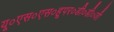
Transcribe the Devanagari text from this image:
यू०एस०एस०हूपर०डी०डी०जी